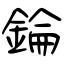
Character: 錀